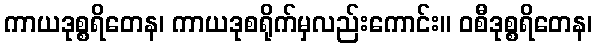
ကာယဒုစ္စရိတေန၊ ကာယဒုစရိုက်မှလည်းကောင်း။ ဝစီဒုစ္စရိတေန၊